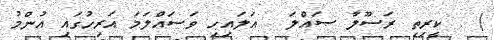
) . ކީރިތި ރަސޫލާ ޞައްލަ  ޢަލައިހި ވަސައްލަމަ އަރިހުގައި އުންމު